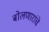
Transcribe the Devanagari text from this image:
बोलणारांचे